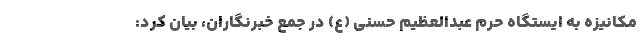
مکانیزه به ایستگاه حرم عبدالعظیم حسنی (ع) در جمع خبرنگاران، بیان کرد: